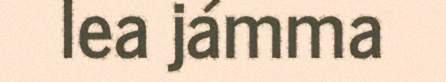
lea jámma